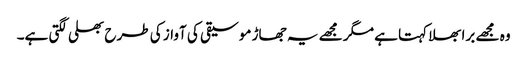
وہ مجھے برا بھلا کہتا ہے مگر مجھے یہ جھاڑ موسیقی کی آواز کی طرح بھلی لگتی ہے۔